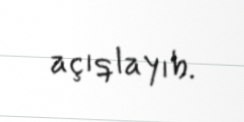
açıqlayıb.